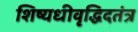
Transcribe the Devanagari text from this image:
शिष्यधीवृद्धिदतंत्र